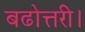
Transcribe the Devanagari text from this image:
बढोत्तरी।